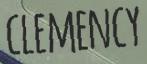
CLEMENCY